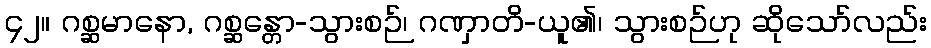
၄၂။ ဂစ္ဆမာနော, ဂစ္ဆန္တော-သွားစဉ်၊ ဂဏှာတိ-ယူ၏၊ သွားစဉ်ဟု ဆိုသော်လည်း